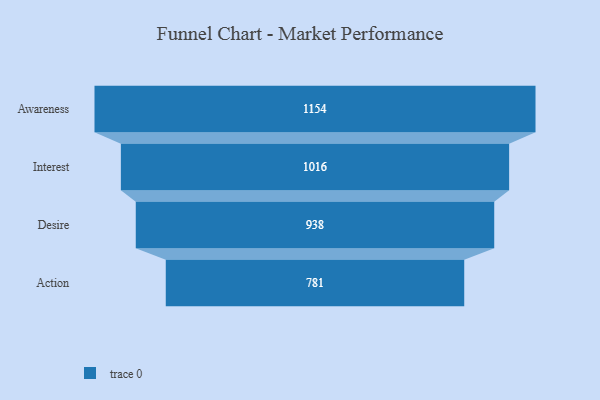
{"axis": {"x": "Stage", "y": "Value"}, "legend": [""], "data": [{"x": "Awareness", "y": 1154.0, "type": ""}, {"x": "Interest", "y": 1016.0, "type": ""}, {"x": "Desire", "y": 938.0, "type": ""}, {"x": "Action", "y": 781.0, "type": ""}]}